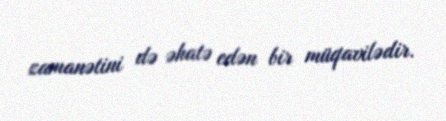
zamanətini də əhatə edən bir müqavilədir.